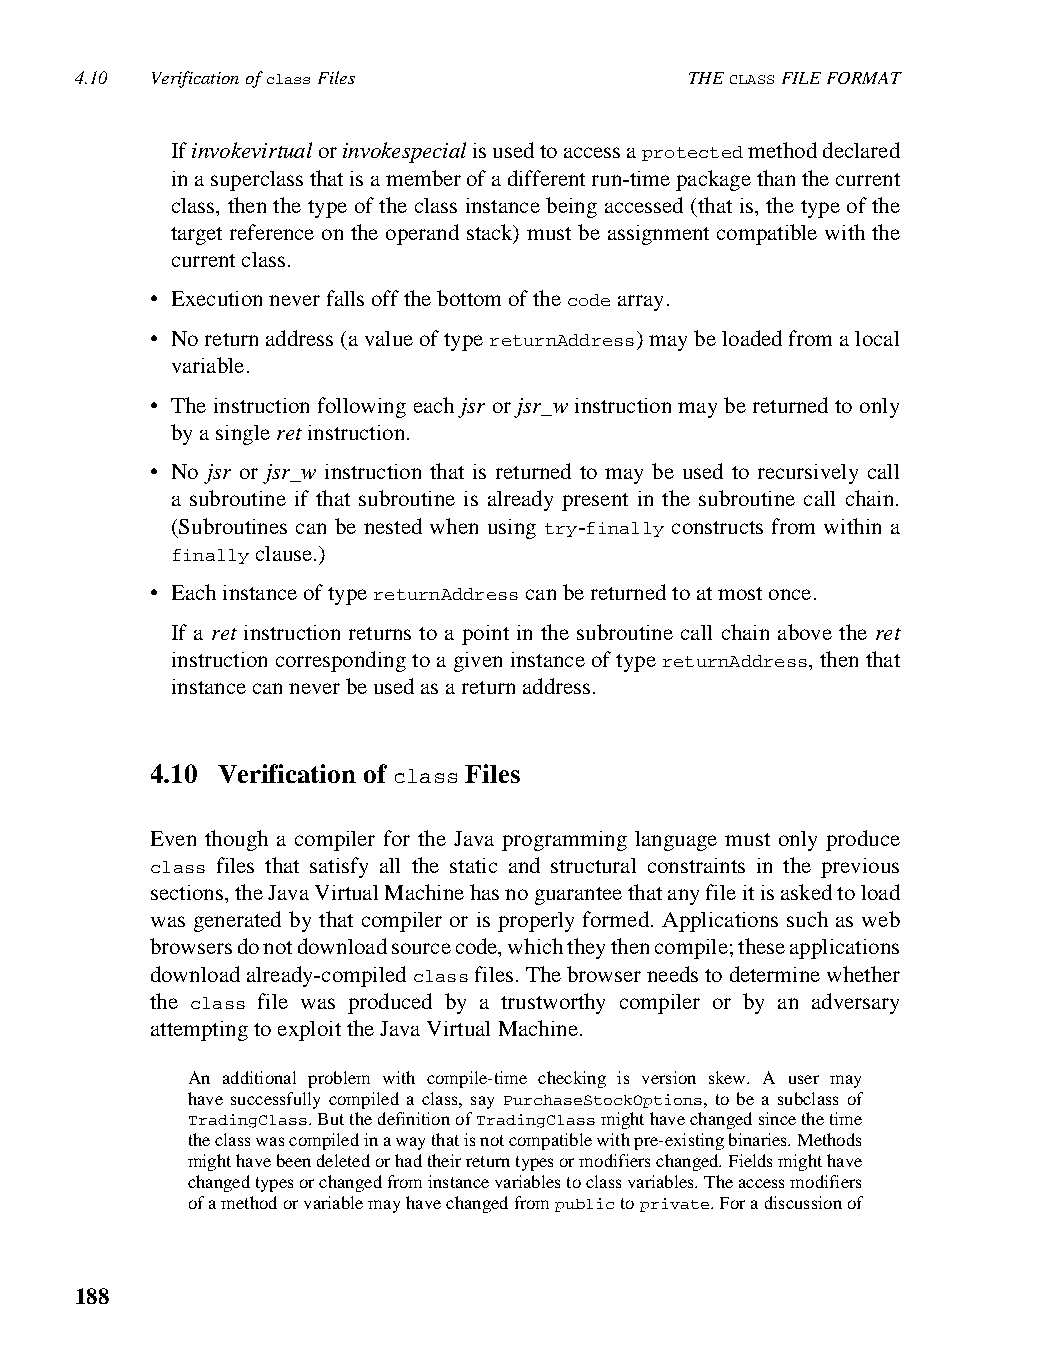
4.10 Verification of class Files         THE CLASS FILE FORMAT
 If invokevirtual or invokespecial is used to access a protected method declared
 in a superclass that is a member of a different run-time package than the current
 class, then the type of the class instance being accessed (that is, the type of the
 target reference on the operand stack) must be assignment compatible with the
 current class.
 • Execution never falls off the bottom of the code array.
 • No return address (a value of type returnAddress) may be loaded from a local
 variable.
 • The instruction following each jsr or jsr_w instruction may be returned to only
 by a single ret instruction.
 • No jsr or jsr_w instruction that is returned to may be used to recursively call
 a subroutine if that subroutine is already present in the subroutine call chain.
 (Subroutines can be nested when using try-finally constructs from within a
 finally clause.)
 • Each instance of type returnAddress can be returned to at most once.
 If a ret instruction returns to a point in the subroutine call chain above the ret
 instruction corresponding to a given instance of type returnAddress, then that
 instance can never be used as a return address.
 4.10 Verification of class Files
 Even though a compiler for the Java programming language must only produce
 class files that satisfy all the static and structural constraints in the previous
 sections, the Java Virtual Machine has no guarantee that any file it is asked to load
 was generated by that compiler or is properly formed. Applications such as web
 browsers do not download source code, which they then compile; these applications
 download already-compiled class files. The browser needs to determine whether
 the class file was produced by a trustworthy compiler or by an adversary
 attempting to exploit the Java Virtual Machine.
 An additional problem with compile-time checking is version skew. A user may
 have successfully compiled a class, say PurchaseStockOptions, to be a subclass of
 TradingClass. But the definition of TradingClass might have changed since the time
 the class was compiled in a way that is not compatible with pre-existing binaries. Methods
 might have been deleted or had their return types or modifiers changed. Fields might have
 changed types or changed from instance variables to class variables. The access modifiers
 of a method or variable may have changed from public to private. For a discussion of
 188